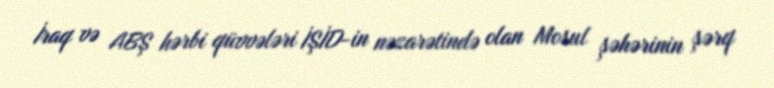
İraq və ABŞ hərbi qüvvələri İŞİD-in nəzarətində olan Mosul şəhərinin şərq